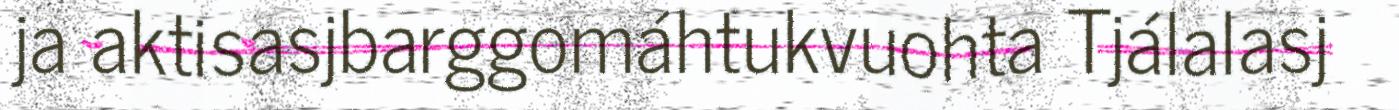
ja aktisasjbarggomáhtukvuohta Tjálalasj